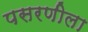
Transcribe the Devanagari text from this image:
पसरणीला